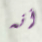
أنه